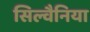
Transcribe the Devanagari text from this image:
सिल्वैनिया